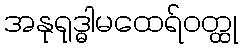
အနုရုဒ္ဓါမထေရ်ဝတ္ထု